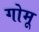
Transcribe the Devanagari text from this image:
गोमू